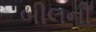
બીલની